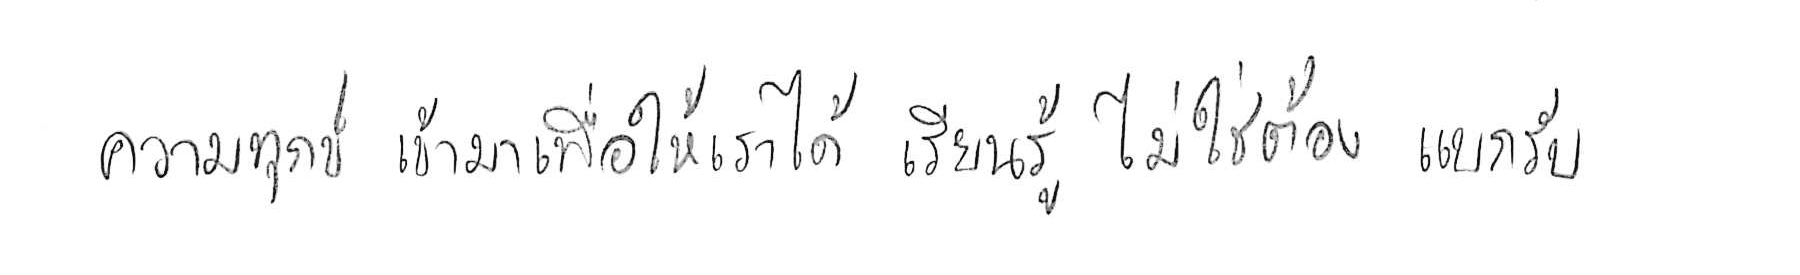
ความทุกข์ เข้ามาเพื่อให้เราได้ เรียนรู้ ไม่ใช่ต้อง แบกรับ